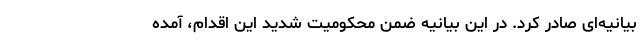
بیانیه‌ای صادر کرد. در این بیانیه ضمن محکومیت شدید این اقدام، آمده